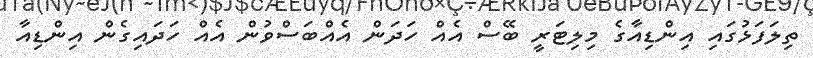
ތިލަފަޅުގައި އިންޑިއާގެ މިލިޓަރީ ބޭސް އެއް ހަދަން އެއްބަސްވުން އެއް ހަދައިގެން އިންޑިއާ